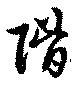
階